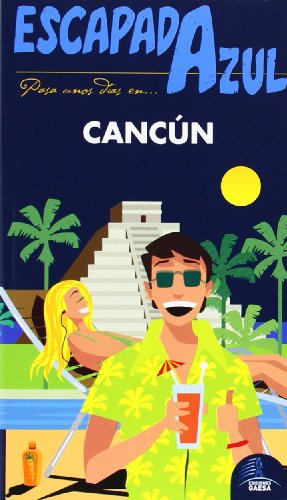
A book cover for CancÃºn (Escapada Azul / Blue Getaway) (Spanish Edition); Jesus Garcia; Travel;